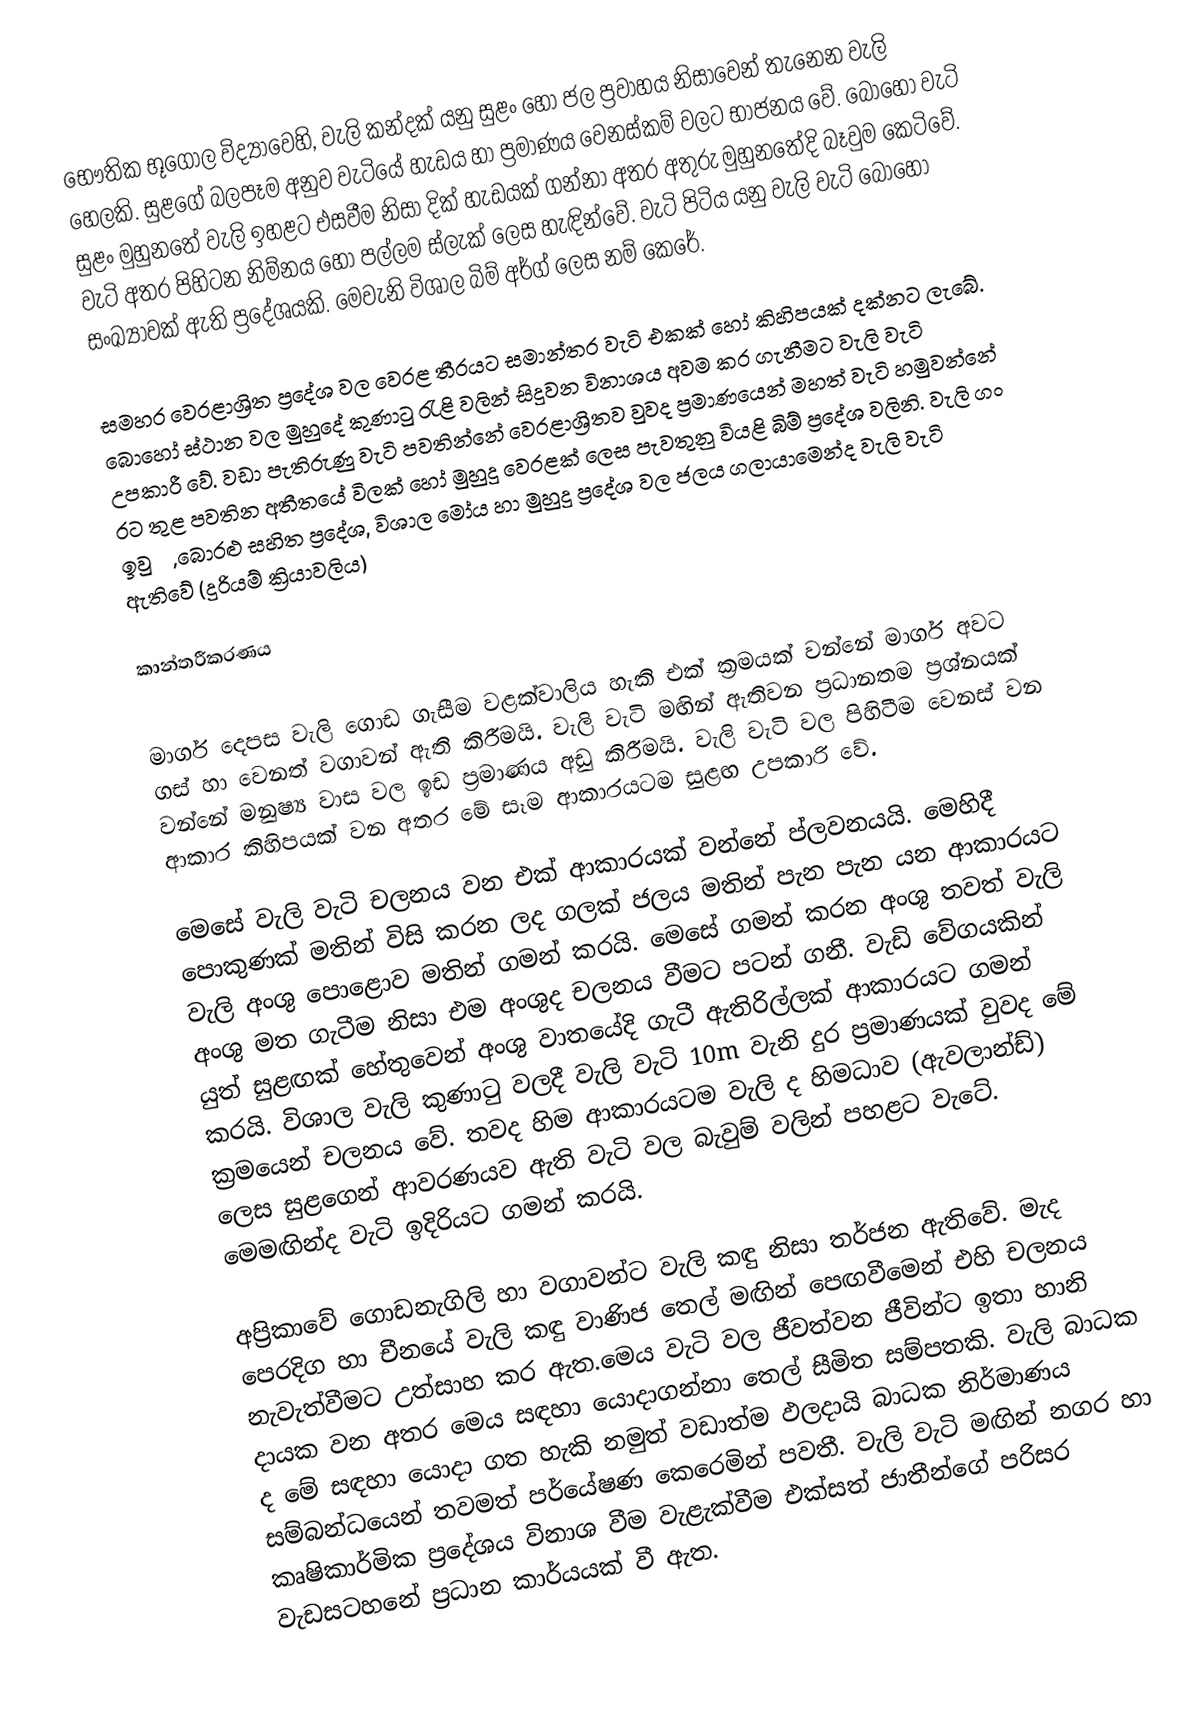
භෞතික භූගෝල විද්‍යාවෙහි, වැලි කන්දක් යනු සුළං හෝ ජල ප්‍රවාහය නිසාවෙන් තැනෙන වැලි  හෙලකි. සුළගේ බලපෑම අනුව වැටියේ හැඩය හා ප්‍රමාණය වෙනස්කම් වලට භාජනය වේ. බොහෝ වැටි සුළං මුහුනතේ වැලි ඉහළට එසවීම නිසා දික් හැඩයක් ගන්නා අතර අතුරු  මුහුනතේදි බෑවුම කෙටිවේ. වැටි අතර පිහිටන නිම්නය හෝ පල්ලම ස්ලැක් ලෙස හැඳින්වේ. වැටි පිටිය යනු වැලි වැටි බොහෝ සංඛ්‍යාවක් ඇති ප්‍රදේශයකි. මෙවැනි විශාල බිම් අර්ග් ලෙස නම් කෙරේ.

සමහර වෙරළාශ්‍රිත ප්‍රදේශ වල වෙරළ තීරයට සමාන්තර වැටි එකක් හෝ කිහිපයක් දක්නට ලැබේ. බොහෝ ස්ථාන වල මුහුදේ කුණාටු රැළි වලින් සිදුවන විනාශය අවම කර ගැනීමට වැලි වැටි උපකාරී වේ. වඩා පැතිරුණු වැටි පවතින්නේ වෙරළාශ්‍රිතව වුවද ප්‍රමාණයෙන් මහත් වැටි හමුවන්නේ රට තුළ පවතින අතීතයේ විලක් හෝ මුහුදු වෙරළක් ලෙස පැවතුනු වියළි බිම් ප්‍රදේශ වලිනි. වැලි ගං ඉවුරු, බොරළු සහිත ප්‍රදේශ, විශාල මෝය හා මුහුදු ප්‍රදේශ වල ජලය ගලායාමෙන්ද වැලි වැටි ඇතිවේ (දුරියම් ක්‍රියාවලිය)

කාන්තරීකරණය

මාර්ග දෙපස වැලි ගොඩ ගැසීම වළක්වාලිය හැකි එක් ක්‍රමයක් වන්නේ මාර්ග අවට ගස් හා වෙනත් වගාවන් ඇති කිරීමයි. වැලි වැටි ‍මඟින් ඇතිවන ප්‍රධානතම ප්‍රශ්නයක් වන්නේ මනුෂ්‍ය වාස වල ඉඩ ප්‍රමාණය අඩු කිරීමයි. වැලි වැටි වල පිහිටීම වෙනස් වන ආකාර කිහිපයක් වන අතර මේ සෑම ආකාරයටම සුළඟ උපකාරි වේ.

මෙසේ වැලි වැටි චලනය වන එක් ආකාරයක් වන්නේ ප්ලවනයයි. මෙහිදී පොකුණක් මතින් විසි කරන ලද ගලක් ජලය මතින් පැන පැන යන ආකාරයට වැලි අංශු පොළොව මතින් ගමන් කරයි. මෙසේ ගමන් කරන අංශු තවත් වැලි අංශු මත ගැටීම නිසා එම අංශුද චලනය වීමට පටන් ගනී. වැඩි වේගයකින් යුත් සුළඟක් හේතුවෙන් අංශු වාතයේදි ගැටී ඇතිරිල්ලක් ආකාරයට ගමන් කරයි. විශාල වැලි කුණාටු වලදී වැලි වැටි 10m වැනි දුර ප්‍රමාණයක් වුවද මේ ක්‍රමයෙන් චලනය වේ. තවද හිම ආකාරයටම වැලි ද හිමධාව (ඇවලාන්ඩ්) ලෙස සුළගෙන් ආවරණයව ඇති වැටි වල බැවුම් වලින් පහළට වැටේ. මෙමඟින්ද වැටි ඉදිරියට ගමන් කරයි.

අප්‍රිකාවේ ගොඩනැගිලි හා වගාවන්ට වැලි කඳු නිසා තර්ජන ඇතිවේ. මැද පෙරදිග හා චීනයේ වැලි කඳු වාණිජ තෙල් මඟින් පෙඟවීමෙන් එහි චලනය නැවැත්වීමට උත්සාහ කර ඇත.මෙය වැටි වල ජීවත්වන ජීවින්ට ඉතා හානි දායක වන අතර මෙය සඳහා යොදාගන්නා තෙල් සීමිත සම්පතකි. වැලි බාධක ද මේ සඳහා යොදා ගත හැකි නමුත් වඩාත්ම ඵලදායි බාධක නිර්මාණය සම්බන්ධයෙන් තවමත් පර්යේෂණ කෙරෙමින් පවතී. වැලි වැටි මඟින් නගර හා කෘෂිකාර්මික ප්‍රදේශය විනාශ වීම වැළැක්වීම එක්සත් ජාතීන්ගේ පරිසර වැඩසටහනේ ප්‍රධාන කාර්යයක් වී ඇත.